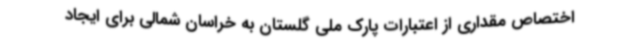
اختصاص مقداری از اعتبارات پارک ملی گلستان به خراسان شمالی برای ایجاد